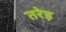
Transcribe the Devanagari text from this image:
तरेड़